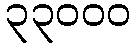
၃၃၀၀၀